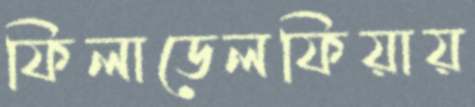
ফিলাডেলফিয়ায়